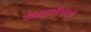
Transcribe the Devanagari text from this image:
संस्कृतीवरचे